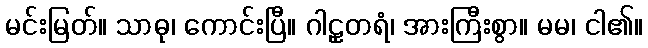
မင်းမြတ်။ သာဓု၊ ကောင်းပြီ။ ဂါဠှတရံ၊ အားကြီးစွာ။ မမ၊ ငါ၏။